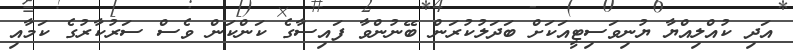
އަދި ކުއްލިއްޔާ ޔުނިވަސިޓީއަކަށް ބަދަލުކުރަން ބޭނުންވާ ފައިސާގެ ކަންކަން ވެސް ސަރުކާރުގެ ކަމާއި